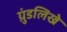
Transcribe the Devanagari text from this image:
ग्रुंडलिखे